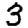
Digit: 3